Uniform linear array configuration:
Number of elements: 32
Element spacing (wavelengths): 0.75
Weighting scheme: exponential
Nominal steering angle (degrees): -15
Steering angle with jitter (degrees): -16.335
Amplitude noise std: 0.05
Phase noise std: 0.05

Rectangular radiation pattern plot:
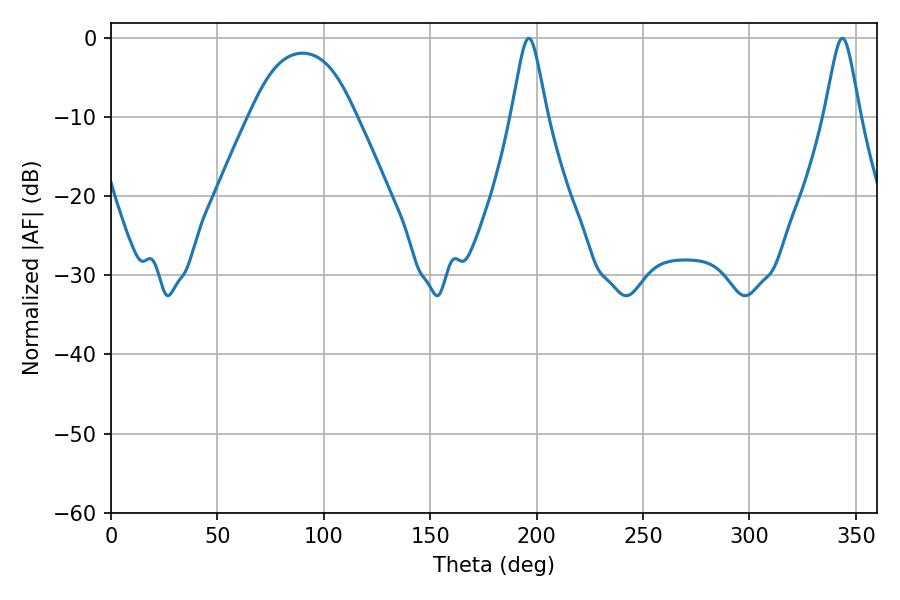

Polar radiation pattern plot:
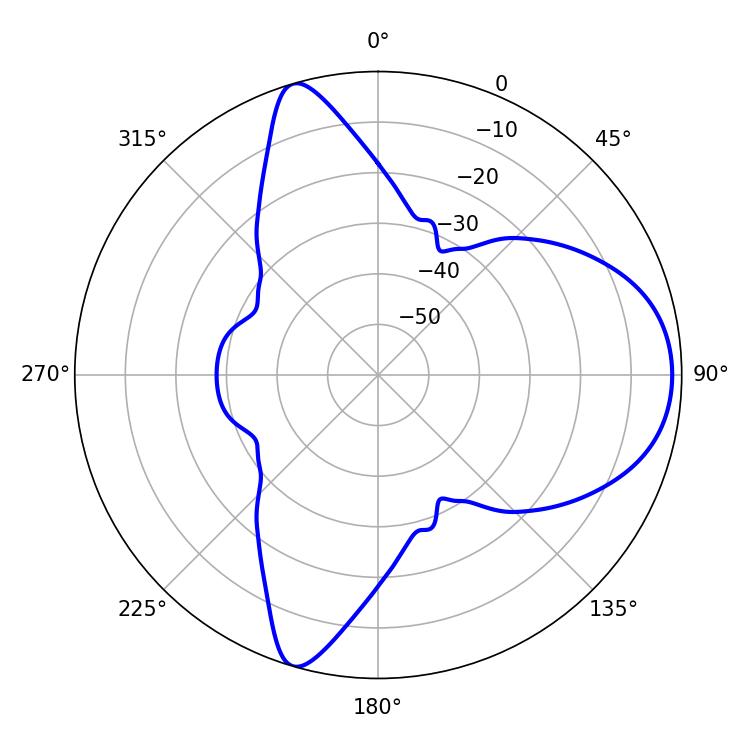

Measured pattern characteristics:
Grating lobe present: TRUE
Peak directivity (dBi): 8.521
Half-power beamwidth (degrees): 7.92
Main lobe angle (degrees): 343.62